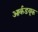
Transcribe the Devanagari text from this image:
आर्कडयूक